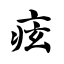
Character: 痃